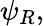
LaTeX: \psi_{R},